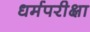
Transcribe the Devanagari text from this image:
धर्मपरीक्षा